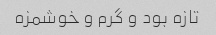
تازه بود و گرم و خوشمزه